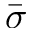
\Bar { \sigma }